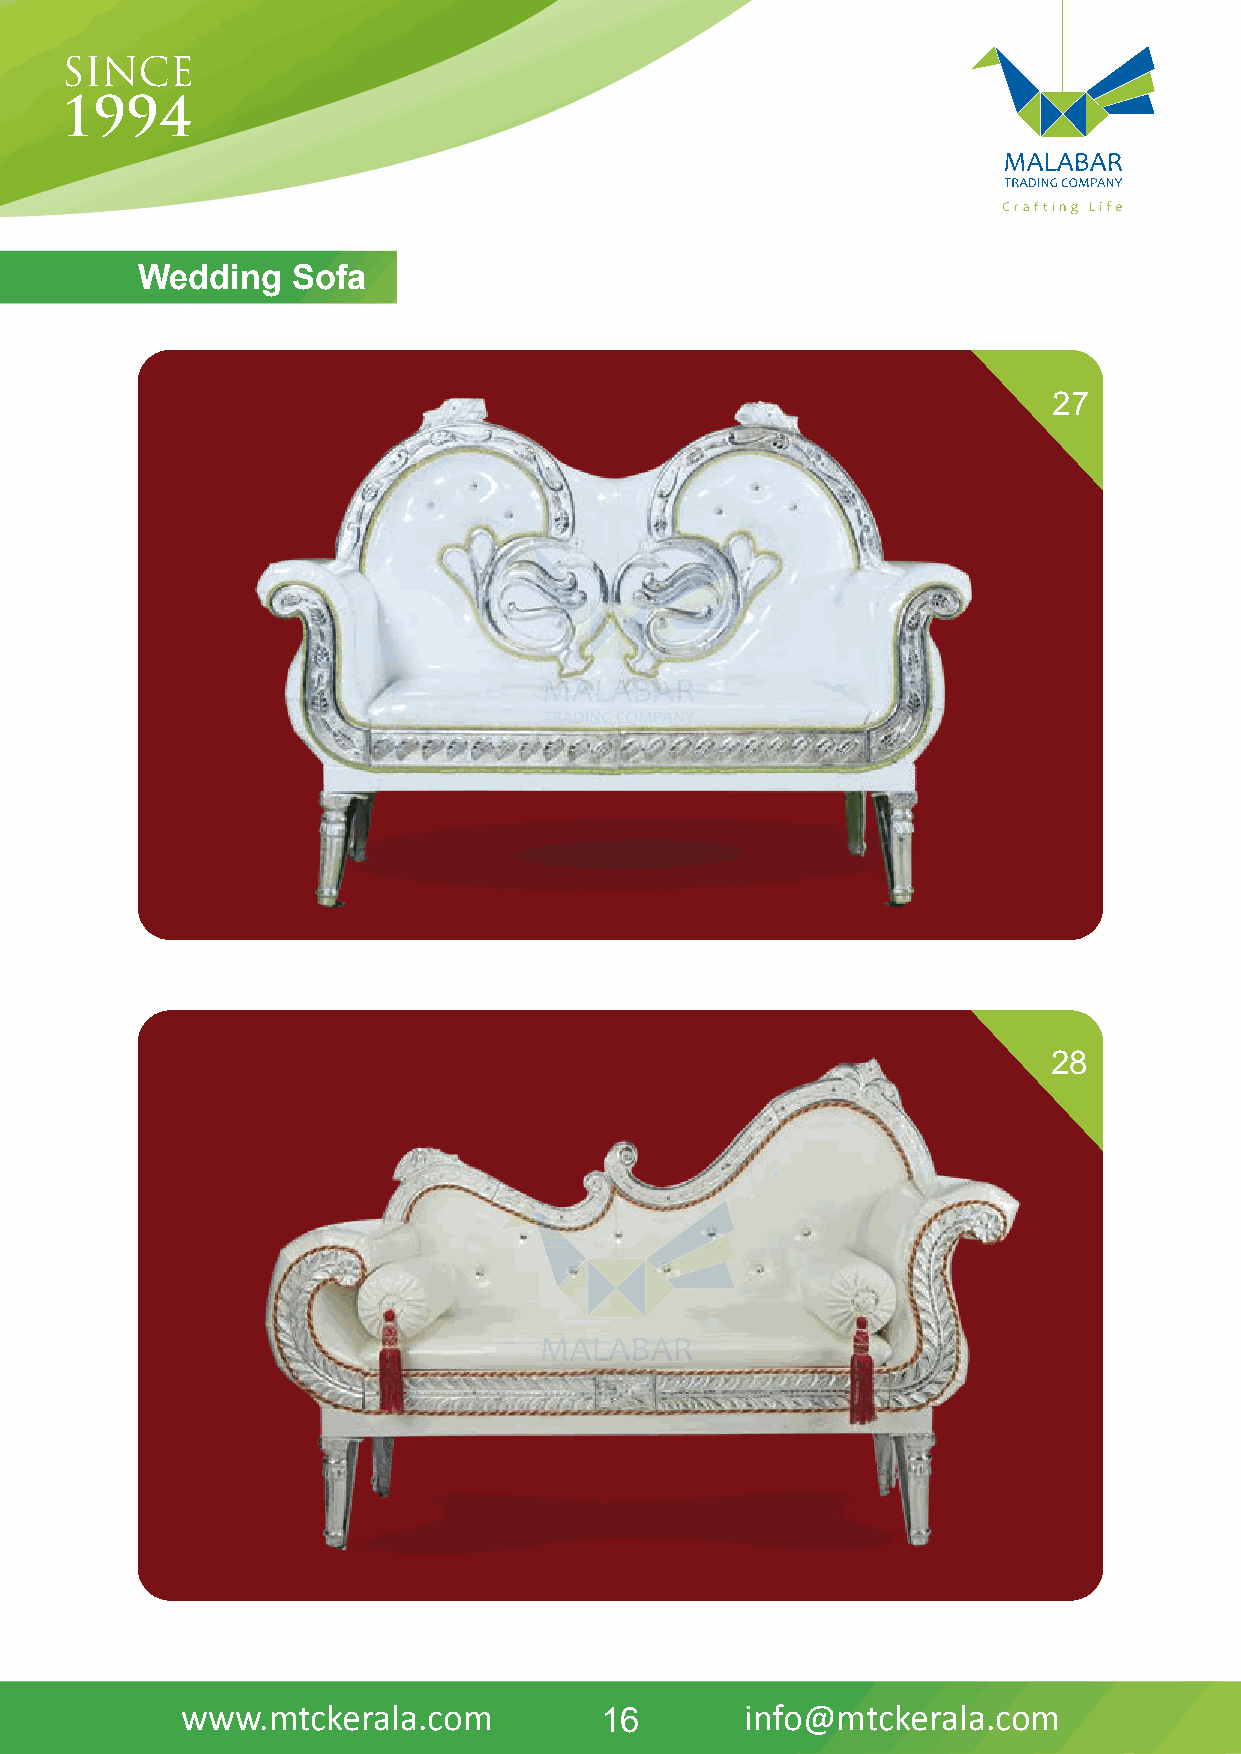
WeddinDgH SIVoAfNa
 27
 28
 www.mtckerala.com           16       info@mtckerala.com